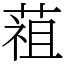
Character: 䔃